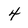
Character: 4